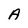
Character: A